Memorandum on the prevention of leprosy by segregation of the affected
Disease focus: Leprosy
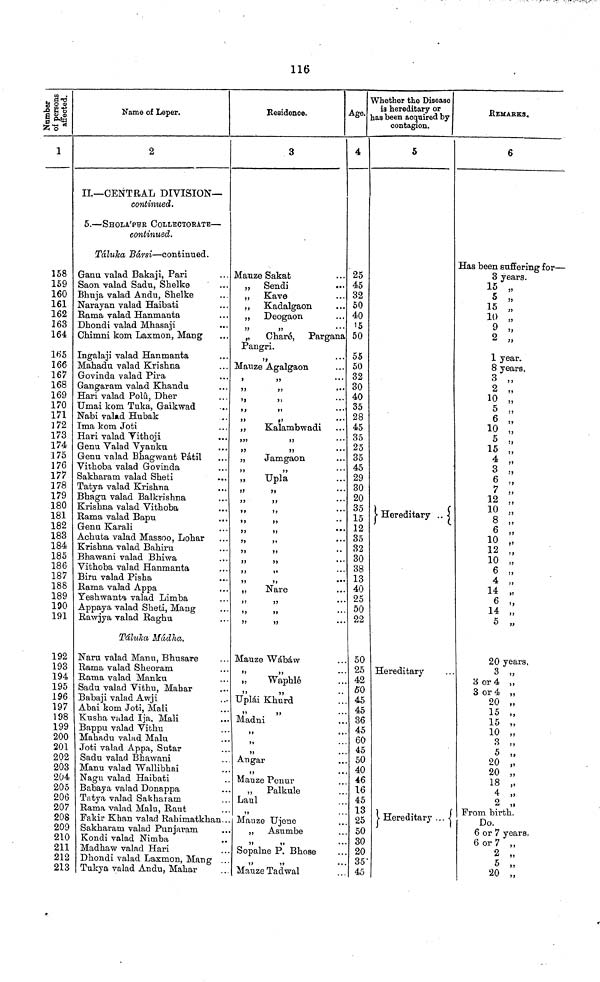
116
1
158
159
160
161
162
163
164
165
166
167
168
169
170
171
172
173
174
175
176
177
178
179
180
181
182
183
184
185
186
187
188
189
190
191
192
193
194
195
196
197
198
Name of Leper.
2
II—CENTRAL DIVISION—
continued.
5.— SHOLAP'UR COLLECTOEATE—
continued.
TaluTca Bdrsi—continued.
Ganu valad Bakaji, Pari
Saon valad Sadu, Shelke
Bhuja valad Andu, Shelke
Narayan valad Haibati
Rama valad Hanmanta
Dhondi valad Mhasaji
Chimni kom Laxmon, Mang
Ingalaji valad Hanmanta
Mahadu valad Krishna
Govinda valad Pira
Gangaram valad Khandu
Hari valad Polu, Dher
Umai kom Tuka, Gaikwad
Nabi valad Hubak
Ima kom Joti
Hari valad Tithoji
Genu Valad Vyanku
Genu valad Bhag want Patii
Vithoba valad Govinda
Sakharam valad Sheti
Tatya valad Krishna
Bhagu valad Balkrishna
Krishna valad Vithoba
Rama valad Bapu
Genu Karali
Achuta valad Massoo, Lohar
Krishna valad Bahiru
Bhawani valad Bhiwa
Vithoba valad Hanmanta
Biru valad Pisha
Rama valad Appa
Yeshwanta valad Limba
Appaya valad Sheti, Mang
Rawjya valad Raghu
Tdlulta Mcidha.
Naru valad Manu, Bhusare
Rama valad Sheoram
Rama valad Manku
Sadu valad Vithu, Mabar
Babaji valad Awji
Abai kom Joti, Mali
Kusha valad Ija, Mali
199 1 Bappu valad Vithu
200 | Mahadu valad Malu
201
202
203
204
205
206
207
208
209
210
211
212
213
Joti valad Appa, Sutar
Sadu valad Bhawani
Manu valad Wallibhai
Nagu valad Haibati
Babaya valad Donappa
Tatya valad Sakharam
Rama valad Malu, Rant
Fakir Khan valad Rabimatkhan..
Sakharam valad Punjaram
Kondi valad Nimba
Madhaw valad Hari
Dhondi valad Laxmon, Mang ..
Tukya valad Andu, Mahar
Residence.
x
3
Manze Sakat
„
Sendi
„
Kave
„
Kadalgaon
„
Deogaon
,, ,,
„
Chare,
Pargana
Pangri.
,,
Manze Agalgaon
>
,,
,,
,,
•••
,, ,,
,,
,,
,,
,,
•••
,,
Kalambwadi
,,, ,,
,, ,,
„
Jamgaon
,, ,,
„
Upla
,,
,,
•••
,,
,,
••
•
„
Nare
Mauze Wábáw
„
Waphlé
"
77
Uplái Khurd
Madni
. Ángar
. Mauze Ponur
,,
Palkule
. Laul
. Mauze Ujene
„
Asumbe
. Sopalne P. Bhose
Mauze Tadwal
4
25
45
32
50
40
'5
50
55
50
32
30
40
35
28
45
35
25
35
45
29
30
20
35
15
12
35
32
30
38
13
40
25
50
22
50
25
42
50
. 45
. 45
. 36
. 45
. 60
. 45
. 50
. 40
46
16
45
13
25
. 50
. 30
. 20
. 35"
. 45
Whether the Disease
is hereditary or
as been acquired by
contagion.
5
Hereditary ..
Hereditary
V Hereditary ...
REMARKS.
6
Has been suffering for—
3 years.
15 „
5 „
15 „
10 „
9 „
2 „
1 year.
8 years.
3 „
2 „
10 „
5 „
6 „
10 „
5 „
15 „
4 „
3 „
6 „
7 „
12 „
10 „
8 „
6 „
10 „
12 „
10 „
6 „
4 „
14 „
6 „
14 „
5 „
20 years,
3 „
3 or 4 ,,
3 or 4 ,,
20 „
15 „
15 „
10 „
3 „
5 „
20 „
20 „
18 „
4 „
2 „
Prom birth.
Do.
6 or 7 years.
6 or 7 ,,
2 „
5 „
20 „